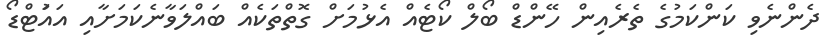
ދެންނެވި ކަންކަމުގެ ތެރެއިން ހޭންޑް ބޯލް ކޯޓެއް އެޅުމަށް ގޮތްތަކެއް ބައްލަވާނެކަމަށާއި އައަުޓްޑޯ